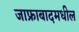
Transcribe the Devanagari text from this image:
जाफ्राबादमधील